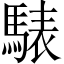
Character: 𩤕